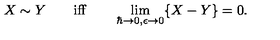
X \sim Y \qquad \mathrm { i f f } \qquad \lim _ { \hbar \to 0 , \epsilon \to 0 } \{ X - Y \} = 0 .